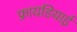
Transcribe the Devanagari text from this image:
फ्रायडियाई